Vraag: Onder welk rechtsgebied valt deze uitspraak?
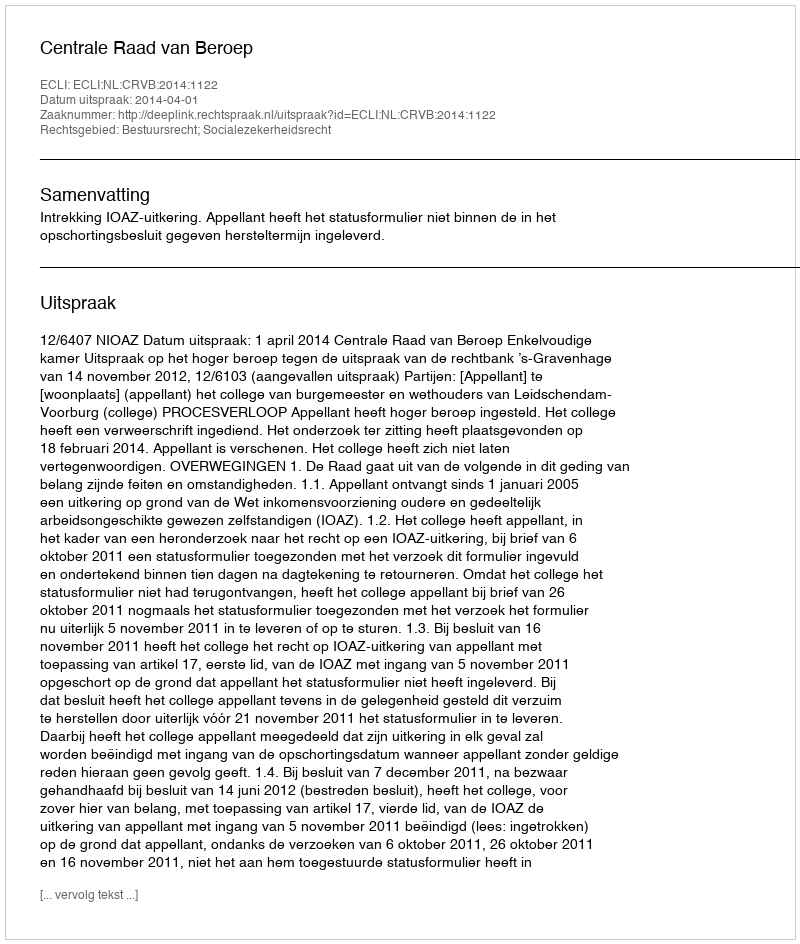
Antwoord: Bestuursrecht; Socialezekerheidsrecht